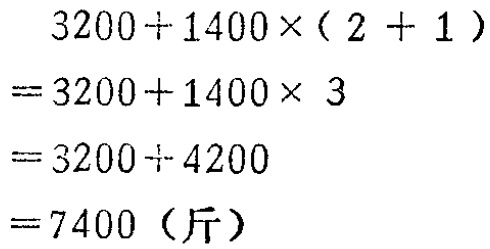
\[
\begin{align*}
&3200 + 1400\times(2 + 1)\\
=&3200 + 1400\times 3\\
=&3200+4200\\
=&7400 \text{（斤）}
\end{align*}
\]